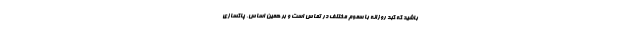
باشید که کبد روزانه با سموم مختلف در تماس است و بر همین اساس، پاکسازی